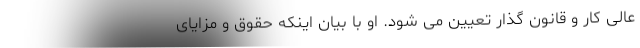
عالی کار و قانون گذار تعیین می شود. او با بیان اینکه حقوق و مزایای